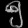
Digit: ၅